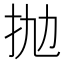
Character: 抛